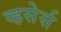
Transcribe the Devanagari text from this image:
व्हसेर्स